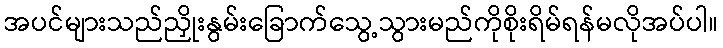
အပင်များသည်ညှိုးနွမ်းခြောက်သွေ့သွားမည်ကိုစိုးရိမ်ရန်မလိုအပ်ပါ။